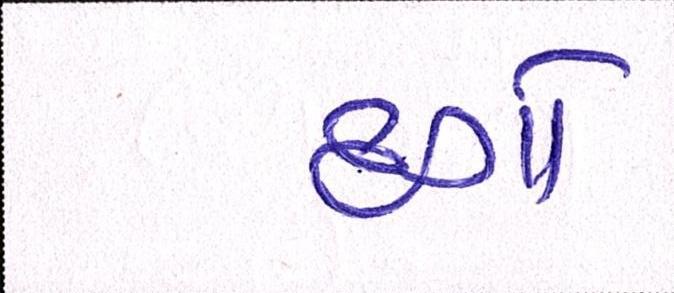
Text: દગો